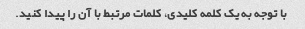
با توجه به یک کلمه کلیدی، کلمات مرتبط با آن را پیدا کنید.